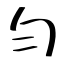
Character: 匀